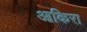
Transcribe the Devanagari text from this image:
आकिरा